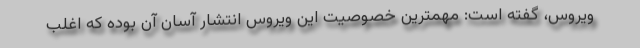
ویروس، گفته است: مهمترین خصوصیت این ویروس انتشار آسان آن بوده که اغلب